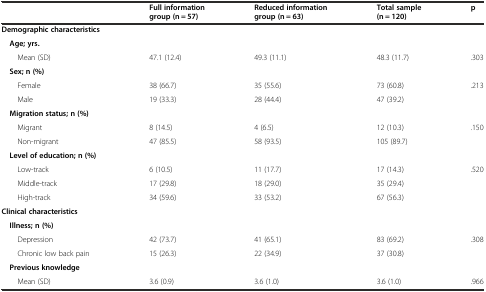
<table><thead><tr><td></td><td><b>Full information group (n = 57)</b></td><td><b>Reduced information group (n = 63)</b></td><td><b>Total sample(n = 120)</b></td><td><b>p</b></td></tr></thead><tbody><tr><td><b>Demographic characteristics</b></td><td></td><td></td><td></td><td></td></tr><tr><td> <b>Age; yrs.</b></td><td></td><td></td><td></td><td></td></tr><tr><td>Mean (SD)</td><td>47.1 (12.4)</td><td>49.3 (11.1)</td><td>48.3 (11.7)</td><td>.303</td></tr><tr><td> <b>Sex; n (%)</b></td><td></td><td></td><td></td><td></td></tr><tr><td>Female</td><td>38 (66.7)</td><td>35 (55.6)</td><td>73 (60.8)</td><td>.213</td></tr><tr><td>Male</td><td>19 (33.3)</td><td>28 (44.4)</td><td>47 (39.2)</td><td></td></tr><tr><td> <b>Migration status; n (%)</b></td><td></td><td></td><td></td><td></td></tr><tr><td>Migrant</td><td>8 (14.5)</td><td>4 (6.5)</td><td>12 (10.3)</td><td>.150</td></tr><tr><td>Non-migrant</td><td>47 (85.5)</td><td>58 (93.5)</td><td>105 (89.7)</td><td></td></tr><tr><td> <b>Level of education; n (%)</b></td><td></td><td></td><td></td><td></td></tr><tr><td>Low-track</td><td>6 (10.5)</td><td>11 (17.7)</td><td>17 (14.3)</td><td>.520</td></tr><tr><td>Middle-track</td><td>17 (29.8)</td><td>18 (29.0)</td><td>35 (29.4)</td><td></td></tr><tr><td>High-track</td><td>34 (59.6)</td><td>33 (53.2)</td><td>67 (56.3)</td><td></td></tr><tr><td><b>Clinical characteristics</b></td><td></td><td></td><td></td><td></td></tr><tr><td> <b>Illness; n (%)</b></td><td></td><td></td><td></td><td></td></tr><tr><td>Depression</td><td>42 (73.7)</td><td>41 (65.1)</td><td>83 (69.2)</td><td>.308</td></tr><tr><td>Chronic low back pain</td><td>15 (26.3)</td><td>22 (34.9)</td><td>37 (30.8)</td><td></td></tr><tr><td> <b>Previous knowledge</b></td><td></td><td></td><td></td><td></td></tr><tr><td>Mean (SD)</td><td>3.6 (0.9)</td><td>3.6 (1.0)</td><td>3.6 (1.0)</td><td>.966</td></tr></tbody></table>